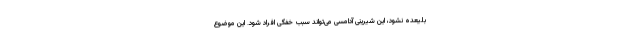
بلیعده نشود، این شیرینی آدامسی می‌تواند سبب خفگی افراد شود. این موضوع